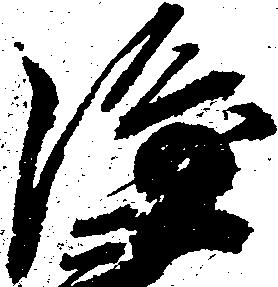
隆